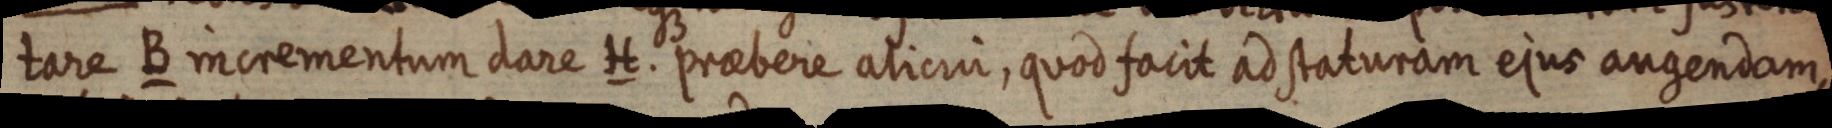
tare B incrementum dare H. praebere alicui, quod facit ad staturam ejus augendam,